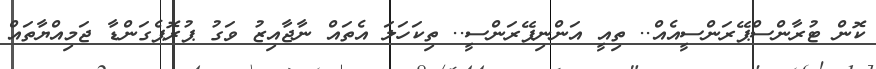
ކޮން ޓުރާންސްޕޭރަންސީއެއް.. ތިއީ އަންނިޕޭރަންސީ.. ތިކަހަލަ އެތައް ނާޖާއިޒު ވަގު ޕުރޮޕެގަންޑާ ޖަމިއްޔާތައް